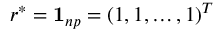
\boldsymbol { r } ^ { * } = \mathbf { 1 } _ { n p } = ( 1 , 1 , \ldots , 1 ) ^ { T }